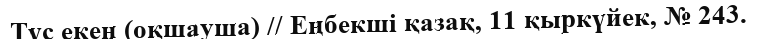
Түс екен (оқшауша) // Еңбекші қазақ, 11 қыркүйек, № 243.